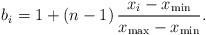
LaTeX: \begin{align*} b_i = 1 + \left( n-1 \right) \frac{x_i - x_\mathrm{min}}{x_\mathrm{max} - x_\mathrm{min}} .\end{align*}